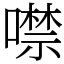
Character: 噤